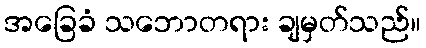
အခြေခံ သဘောတရား ချမှတ်သည်။